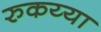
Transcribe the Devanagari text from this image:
रुकय्या